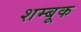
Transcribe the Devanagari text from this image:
शम्बूक